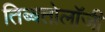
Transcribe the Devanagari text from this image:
तिब्‍बतोलॉजी